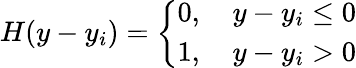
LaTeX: H(y-y_{i})=\left\{ \begin{array}{ll}{0,\quad y-y_{i}\leq 0}\\ {1,\quad y-y_{i}>0}\end{array}\right.